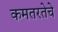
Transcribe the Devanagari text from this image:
कमतरतेचे